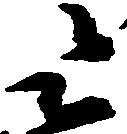
令